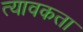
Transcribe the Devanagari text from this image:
त्यावकता